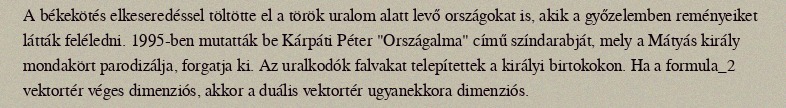
A békekötés elkeseredéssel töltötte el a török uralom alatt levő országokat is, akik a győzelemben reményeiket látták feléledni. 1995-ben mutatták be Kárpáti Péter "Országalma" című színdarabját, mely a Mátyás király mondakört parodizálja, forgatja ki. Az uralkodók falvakat telepítettek a királyi birtokokon. Ha a formula_2 vektortér véges dimenziós, akkor a duális vektortér ugyanekkora dimenziós.